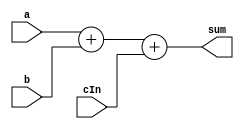
module add32cv (sum, a, b, cIn);

output reg [31:0] sum;

input [31:0] a;
input [31:0] b;
input cIn;

always @(a, b, cIn)

{sum} = a + b + cIn;

endmodule